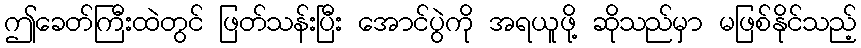
ဤခေတ်ကြီးထဲတွင် ဖြတ်သန်းပြီး အောင်ပွဲကို အရယူဖို့ ဆိုသည်မှာ မဖြစ်နိုင်သည့်